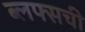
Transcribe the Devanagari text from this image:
ब्लफ्सची